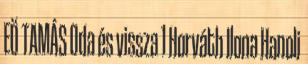
EÖ TAMÁS Oda és vissza 1 Horváth Ilona Hanoli